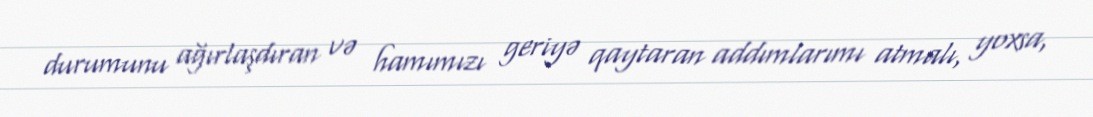
durumunu ağırlaşdıran və hamımızı geriyə qaytaran addımlarımı atmalı, yoxsa,